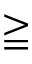
\geqq